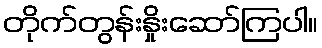
တိုက်တွန်းနှိုးဆော်ကြပါ။